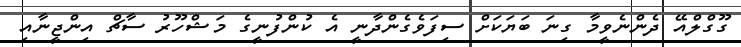
ގޫގްލްއޭ ދެންނެވީމާ ގިނަ ބަޔަކަށް ސިފަވެގެންދާނީ އެ ކުންފުނީގެ މަޝްހޫރު ސާޗް އިންޖީނާއި